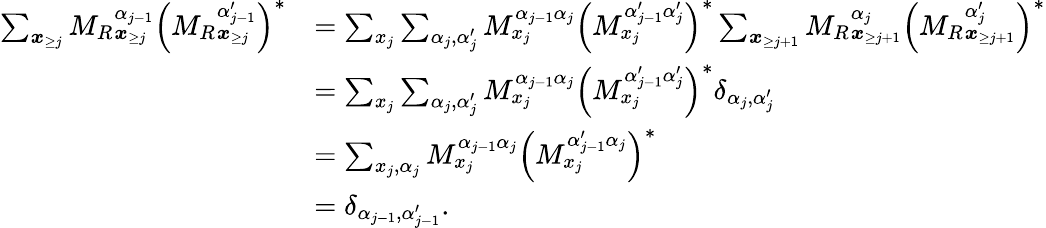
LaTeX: \begin{array}{rl}{\sum_{\boldsymbol{x}_{\ge j}}{M_{R}}_{\boldsymbol x_{\ge j}}^{\alpha_{j-1}}\left({M_{R}}_{\boldsymbol x_{\ge j}}^{\alpha_{j-1}^{\prime}}\right)^{*}}&{=\sum_{x_{j}}\sum_{\alpha_{j},\alpha_{j}^{\prime}}M_{x_{j}}^{\alpha_{j-1}\alpha_{j}}\left(M_{x_{j}}^{\alpha_{j-1}^{\prime}\alpha_{j}^{\prime}}\right)^{*}\sum_{\boldsymbol{x}_{\ge j+1}}{M_{R}}_{\boldsymbol{x}_{\ge j+1}}^{\alpha_{j}}\left({M_{R}}_{\boldsymbol{x}_{\ge j+1}}^{\alpha_{j}^{\prime}}\right)^{*}}\\ &{=\sum_{x_{j}}\sum_{\alpha_{j},\alpha_{j}^{\prime}}M_{x_{j}}^{\alpha_{j-1}\alpha_{j}}\left(M_{x_{j}}^{\alpha_{j-1}^{\prime}\alpha_{j}^{\prime}}\right)^{*}\delta_{\alpha_{j},\alpha_{j}^{\prime}}}\\ &{=\sum_{x_{j},\alpha_{j}}M_{x_{j}}^{\alpha_{j-1}\alpha_{j}}\left(M_{x_{j}}^{\alpha_{j-1}^{\prime}\alpha_{j}}\right)^{*}}\\ &{=\delta_{\alpha_{j-1},\alpha_{j-1}^{\prime}}.}\end{array}